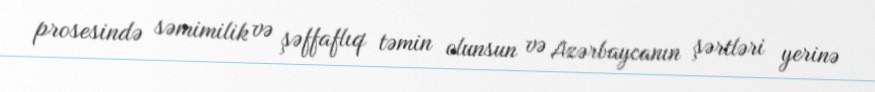
prosesində səmimilik və şəffaflıq təmin olunsun və Azərbaycanın şərtləri yerinə